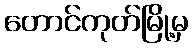
တောင်ကုတ်မြို့မှ